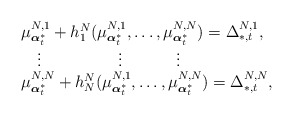
\begin{align*}\begin{array}{l} \mu^{N,1}_{\boldsymbol{\alpha}^*_t}+h_1^N(\mu^{N,1}_{\boldsymbol{\alpha}^*_t},\ldots,\mu^{N,N}_{\boldsymbol{\alpha}^*_t})=\Delta^{N,1}_{*,t},\\\quad\vdots \qquad\qquad~~\vdots\qquad~~~~\vdots\\\mu^{N,N}_{\boldsymbol{\alpha}^*_t}+h_N^N(\mu^{N,1}_{\boldsymbol{\alpha}^*_t},\ldots,\mu^{N,N}_{\boldsymbol{\alpha}^*_t})=\Delta^{N,N}_{*,t},\end{array}\end{align*}